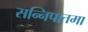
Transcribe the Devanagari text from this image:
सन्निपातमा